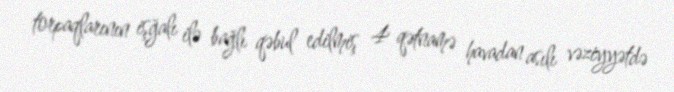
torpaqlarının işğalı ilə bağlı qəbul edilmiş 4 qətnamə havadan asılı vəziyyətdə